Scottish Leaving Certificate Examination, 1951
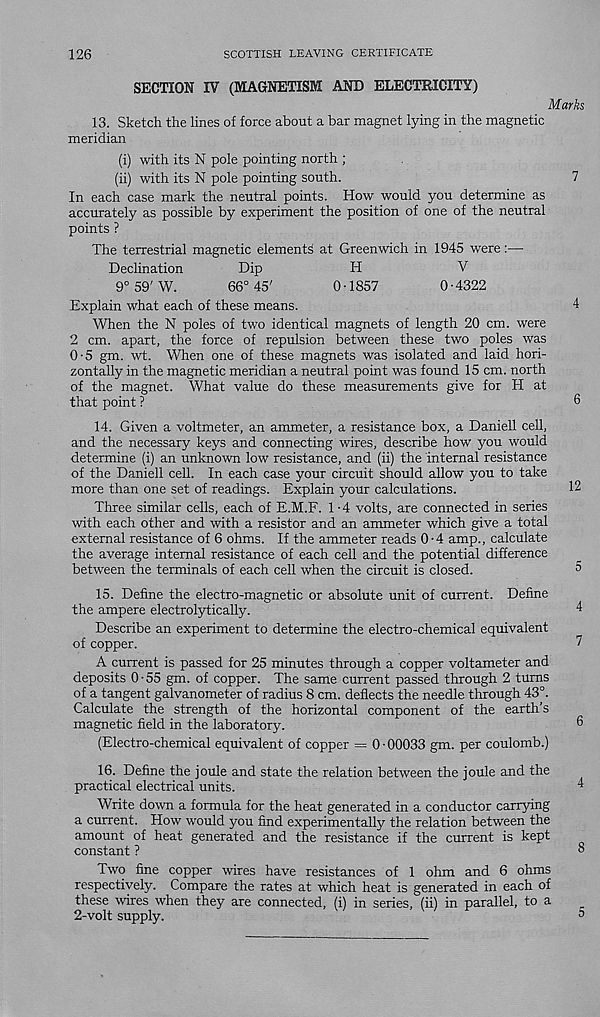
126
SCOTTISH LEAVING CERTIFICATE
SECTION IV (MAGNETISM AND ELECTRICITY)
13. Sketch the lines of force about a bar magnet lying in the magnetic
meridian
(i) with its N pole pointing north ;
(ii) with its N pole pointing south.
In each case mark the neutral points. How would you determine as
accurately as possible by experiment the position of one of the neutral
points ?
The terrestrial magnetic elements at Greenwich in 1945 were:—
Declination
Dip
H
V
9° 59' W.
66° 45'
0-1857
0 • 4322
Explain what each of these means.
When the N poles of two identical magnets of length 20 cm. were
2 cm. apart, the force of repulsion between these two poles was
0-5 gm. wt. When one of these magnets was isolated and laid hori-
zontally in the magnetic meridian a neutral point was found 15 cm. north
of the magnet. What value do these measurements give for H at
that point ?
14. Given a voltmeter, an ammeter, a resistance box, a Daniell cell,
and the necessary keys and connecting wires, describe how you would
determine (i) an unknown low resistance, and (ii) the internal resistance
of the Daniell cell. In each case your circuit should allow you to take
more than one set of readings. Explain your calculations.
Three similar cells, each of E.M.F. 1 -4 volts, are connected in series
with each other and with a resistor and an ammeter which give a total
external resistance of 6 ohms. If the ammeter reads 0-4 amp., calculate
the average internal resistance of each cell and the potential difference
between the terminals of each cell when the circuit is closed.
15. Define the electro-magnetic or absolute unit of current. Define
the ampere electrolytically.
Describe an experiment to determine the electro-chemical equivalent
of copper.
A current is passed for 25 minutes through a copper voltameter and
deposits 0 • 55 gm. of copper. The same current passed through 2 turns
of a tangent galvanometer of radius 8 cm. deflects the needle through 43°.
Calculate the strength of the horizontal component of the earth’s
magnetic field in the laboratory.
(Electro-chemical equivalent of copper = 0 • 00033 gm. per coulomb.)
16. Define the joule and state the relation between the joule and the
practical electrical units.
Write down a formula for the heat generated in a conductor carrying
a current. How would you find experimentally the relation between the
amount of heat generated and the resistance if the current is kept
constant ?
Two fine copper wires have resistances of 1 ohm and 6 ohms
respectively. Compare the rates at which heat is generated in each of
these wires when they are connected, (i) in series, (ii) in parallel, to a
2-volt supply.
Marks
12